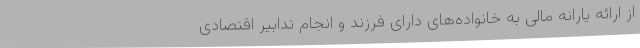
از ارائه یارانه مالی به خانواده‌های دارای فرزند و انجام تدابیر اقتصادی